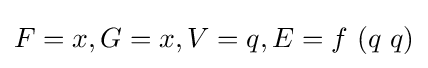
F=x,G=x,V=q,E=f\ (q\ q)